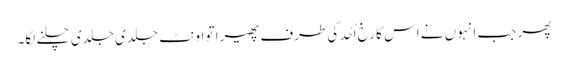
پھر جب انہوں نے اس کا رخ اُحُد کی طرف پھیرا تو اونٹ جلدی جلدی چلنے لگا۔